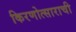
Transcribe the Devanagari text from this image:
किरणोत्साराची